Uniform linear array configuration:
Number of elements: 16
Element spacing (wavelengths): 1
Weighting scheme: hamming
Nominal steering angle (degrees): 45
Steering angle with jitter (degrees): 43.209
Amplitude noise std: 0.05
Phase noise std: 0.05

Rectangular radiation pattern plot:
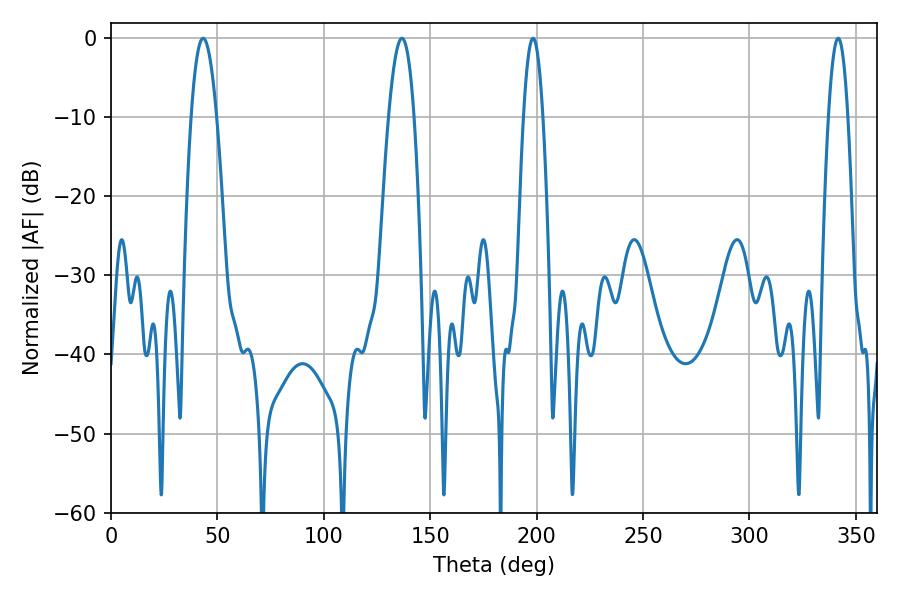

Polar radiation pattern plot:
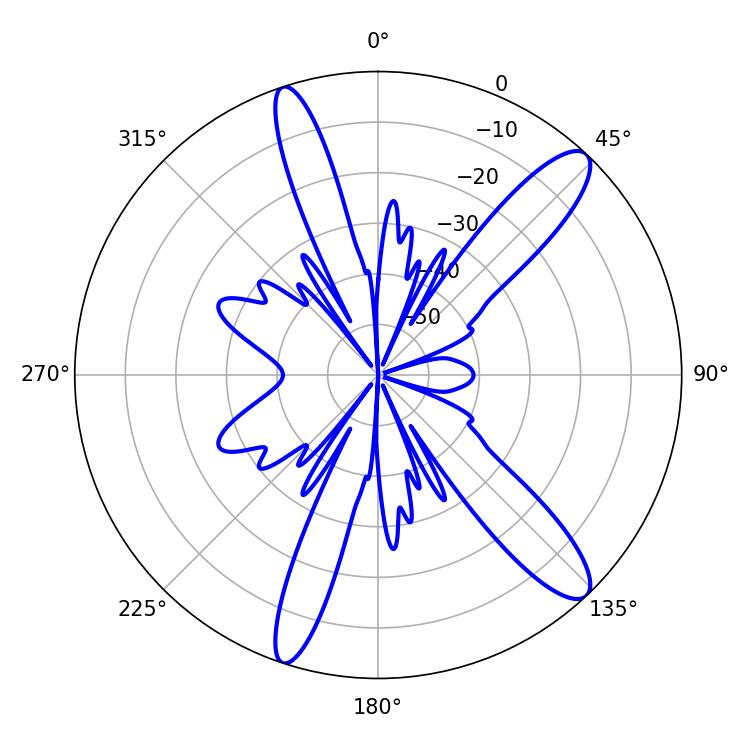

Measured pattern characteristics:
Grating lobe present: TRUE
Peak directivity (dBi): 12.601
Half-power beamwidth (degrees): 5.04
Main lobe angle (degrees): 198.36